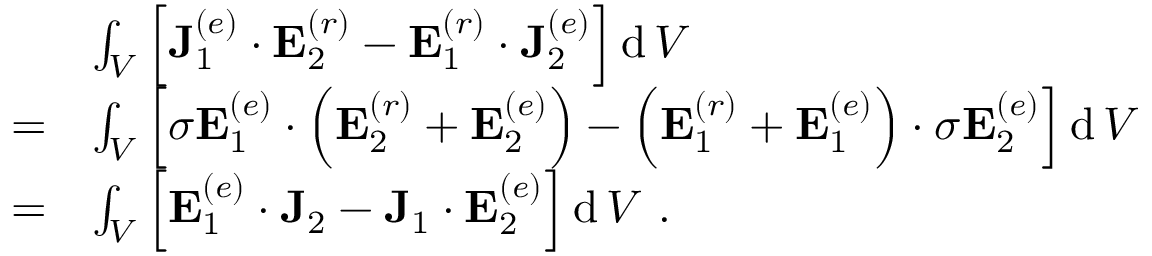
{ \begin{array} { r l } & { \int _ { V } \left[ \mathbf { J } _ { 1 } ^ { ( e ) } \cdot \mathbf { E } _ { 2 } ^ { ( r ) } - \mathbf { E } _ { 1 } ^ { ( r ) } \cdot \mathbf { J } _ { 2 } ^ { ( e ) } \right] \operatorname { d } V } \\ { = } & { \int _ { V } \left[ \sigma \mathbf { E } _ { 1 } ^ { ( e ) } \cdot \left( \mathbf { E } _ { 2 } ^ { ( r ) } + \mathbf { E } _ { 2 } ^ { ( e ) } \right) - \left( \mathbf { E } _ { 1 } ^ { ( r ) } + \mathbf { E } _ { 1 } ^ { ( e ) } \right) \cdot \sigma \mathbf { E } _ { 2 } ^ { ( e ) } \right] \operatorname { d } V } \\ { = } & { \int _ { V } \left[ \mathbf { E } _ { 1 } ^ { ( e ) } \cdot \mathbf { J } _ { 2 } - \mathbf { J } _ { 1 } \cdot \mathbf { E } _ { 2 } ^ { ( e ) } \right] \operatorname { d } V \ . } \end{array} }